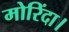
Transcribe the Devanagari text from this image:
मोरिंदा।